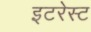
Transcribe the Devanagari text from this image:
इटरेस्‍ट